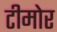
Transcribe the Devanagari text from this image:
टीमोर